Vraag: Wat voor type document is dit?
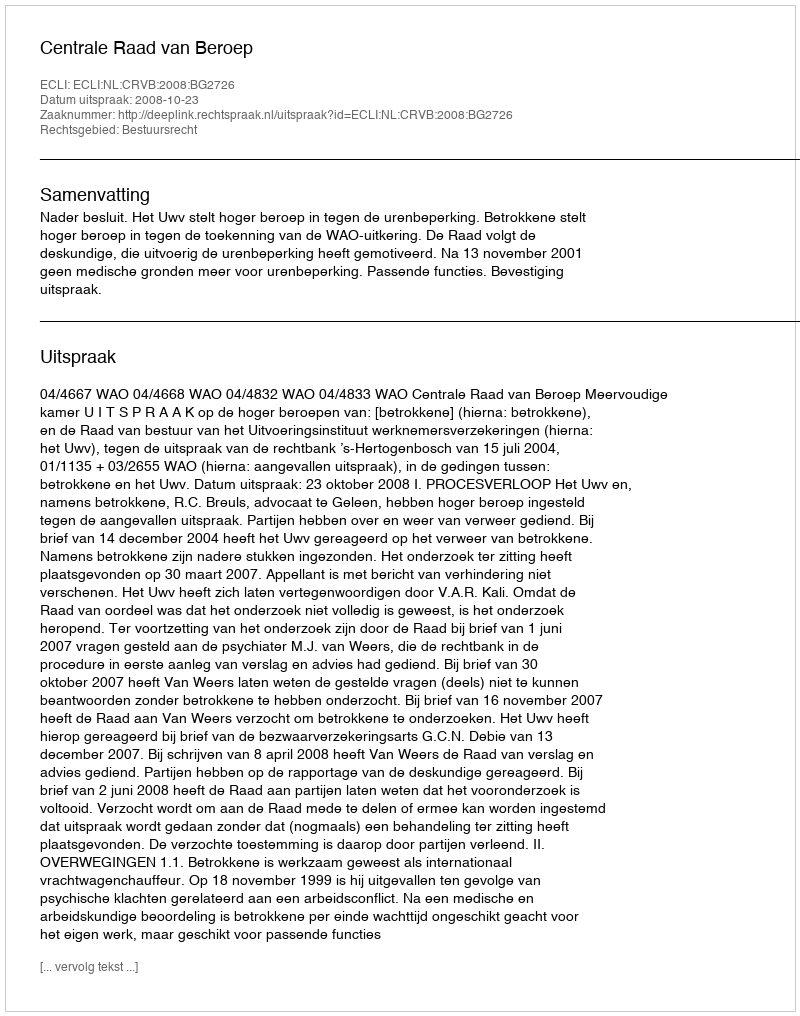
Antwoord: Uitspraak